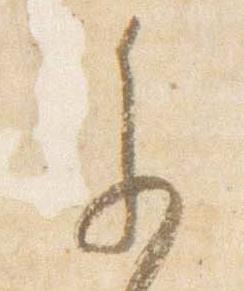
参